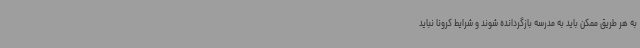
به هر طریق ممکن باید به مدرسه بازگردانده شوند و شرایط کرونا نباید